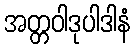
အတ္တဝါဒုပါဒါနံ